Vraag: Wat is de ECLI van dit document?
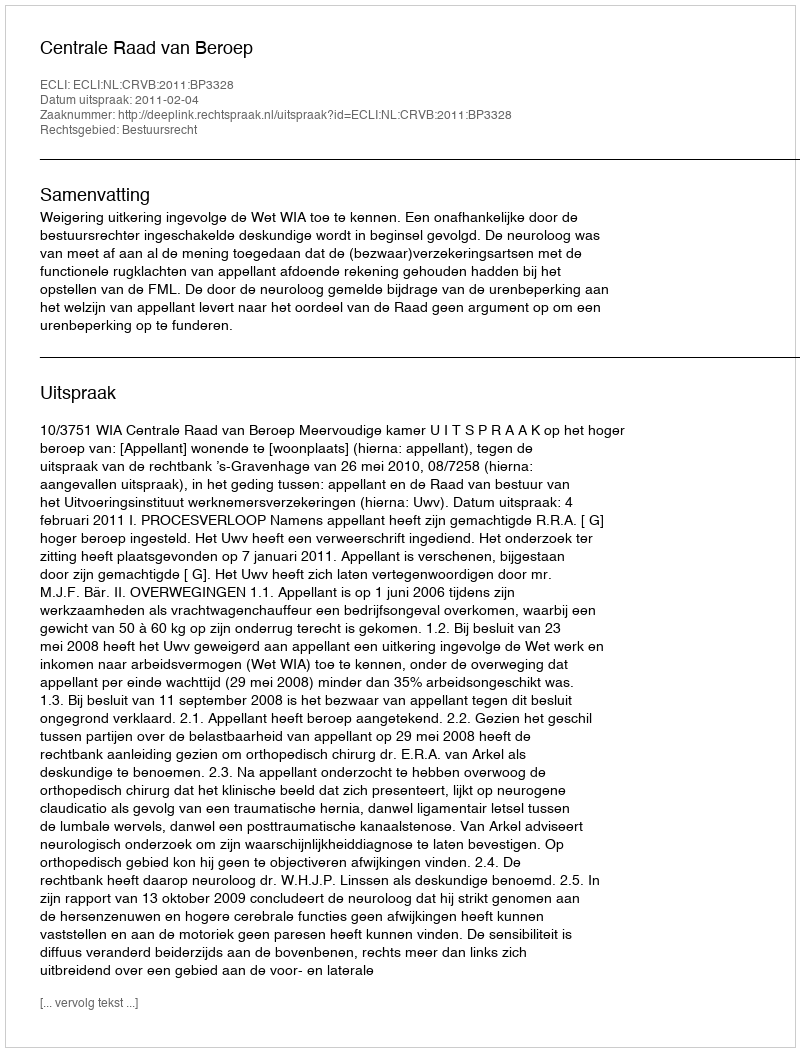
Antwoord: ECLI:NL:CRVB:2011:BP3328